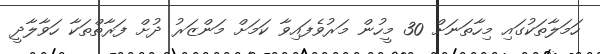
ހަމަލާތަކުގައި މިހާތަނަށް 30 މީހުން މަރުވެފައިވާ ކަމަށް މަންޒަރު ދުށް ފަރާތްތަކާ ހަވާލާދީ